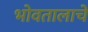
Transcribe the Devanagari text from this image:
भोवतालाचे